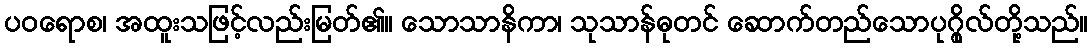
ပဝရောစ၊ အထူးသဖြင့်လည်းမြတ်၏။ သောသာနိကာ၊ သုသာန်ဓုတင် ဆောက်တည်သောပုဂ္ဂိုလ်တို့သည်။